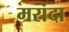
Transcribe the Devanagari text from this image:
मरांदा